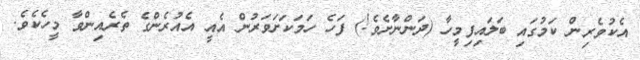
އެކުވެރިން ކަމުގައި ބަލައިފިމީހާ (ދަންނާށެވެ!) ފަހެ ހަމަކަށަވަރުން އެއީ އެއުރެންގެ ތެރެއިންވާ މީހެކެވެ.